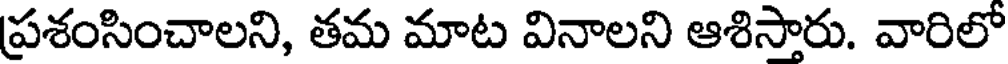
ప్రశంసించాలని, తమ మాట వినాలని ఆశిసారు. వారిలో